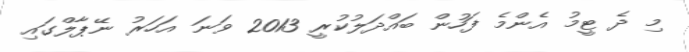
މި ދެ ޓީމު އެންމެ ފަހުން ބައްދަލުކުރީ 2013 ވަނަ އަހަރު ނޭޕާލްގައި